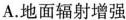
A.地面辐射增强